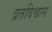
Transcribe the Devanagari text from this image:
व्रतविश्वास